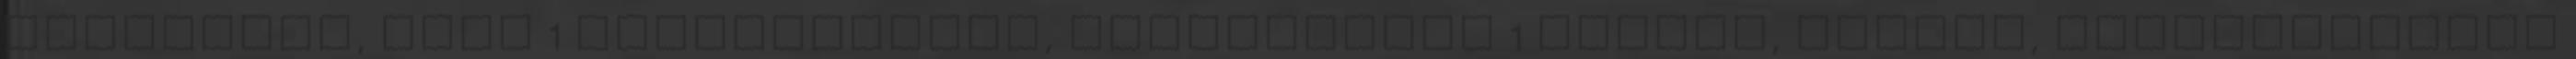
háztartás, kert 1 szolgáltatás, vállalkozás 1 utazás, üdülés, kikapcsolódás